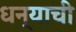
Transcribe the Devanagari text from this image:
धन्याची